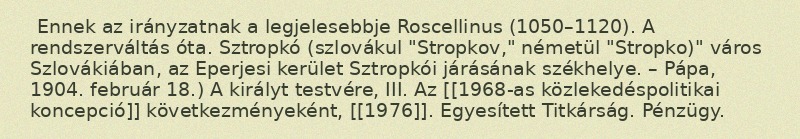
Ennek az irányzatnak a legjelesebbje Roscellinus (1050–1120). A rendszerváltás óta. Sztropkó (szlovákul "Stropkov," németül "Stropko)" város Szlovákiában, az Eperjesi kerület Sztropkói járásának székhelye. – Pápa, 1904. február 18.) A királyt testvére, III. Az [[1968-as közlekedéspolitikai koncepció]] következményeként, [[1976]]. Egyesített Titkárság. Pénzügy.